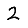
Digit: 2